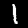
Digit: 1